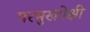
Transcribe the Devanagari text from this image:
परमुखपेक्षी